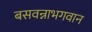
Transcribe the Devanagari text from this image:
बसवन्नाभगवान